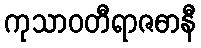
ကုသာဝတီရာဇဓာနီ